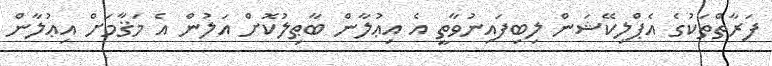
ފަރާތްތަކުގެ އެޕްލިކޭޝަން ލިބިފައިނުވާތީ އެ އިޢުލާން ބާޠިލުކޮށް އަލުން އެ މަޤާމަށް އިޢުލާން